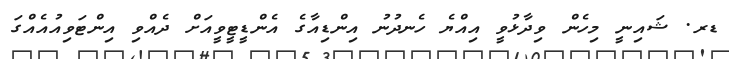
ޑރ. ޝައިނީ މިހެން ވިދާޅުވީ އިއްޔެ ހެނދުނު އިންޑިއާގެ އެންޑީޓީވީއަށް ދެއްވި އިންޓަވިއުއެއްގަ